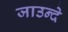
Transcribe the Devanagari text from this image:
जाउन्दे